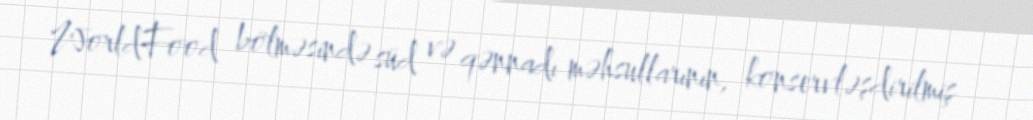
WorldFood bölməsində süd və qənnadı məhsullarının, konservləşdirilmiş